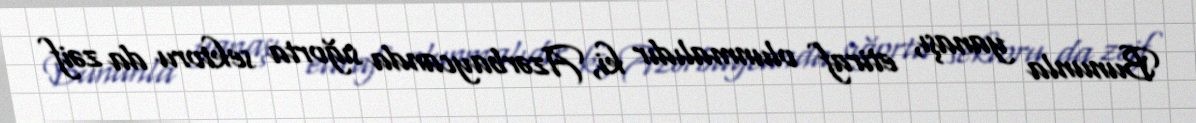
Bununla yanaşı, etiraf olunmalıdır ki, Azərbaycanda sığorta sektoru da zəif